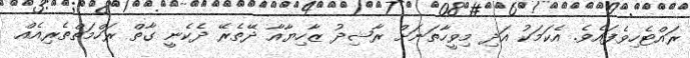
ރައްޓެހިވެފައެވެ. އެކަމަކު އަދި މިވީހާތަނަށް ރާޝިދު ޒާހިޔާއާ ދޭތެރޭ ދެކެނީ ގާތް ރަހްމަތްތެރިއެއް